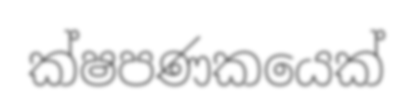
ක්ෂපණකයෙක්